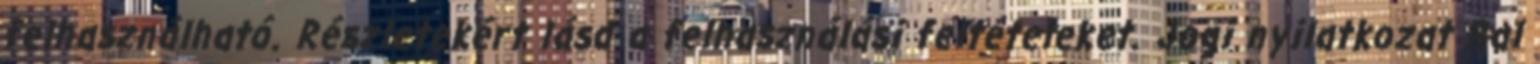
felhasználható. Részletekért lásd a felhasználási feltételeket. Jogi nyilatkozat Bal